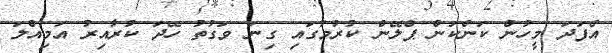
އެފަދަ މީހުން ކަންކަން ޕްލޭން ކުރުމުގައި ގިނަ ވަގުތު ހޭދަ ކުރާއިރު އަމިއްލަ